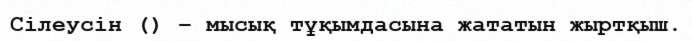
Сілеусін () – мысық тұқымдасына жататын жыртқыш.